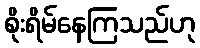
စိုးရိမ်နေကြသည်ဟု